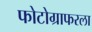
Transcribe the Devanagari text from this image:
फोटोग्राफरला